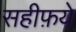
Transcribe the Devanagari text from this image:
सहीफ़ये